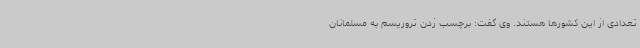
تعدادی از این کشورها هستند. وی گفت: برچسب زدن تروریسم به مسلمانان